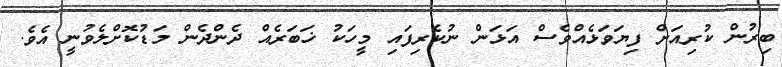
ބިރުން ކުރިއަށް ފިޔަވަޅެއްވެސް އަޅަން ނުކެރިފައި މީހަކު ޚަބަރެއް ދެންދެން މަޑުކޮށްލެވުނީ އެވެ.